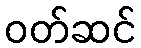
ဝတ်ဆင်